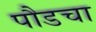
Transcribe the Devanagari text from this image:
पौडचा